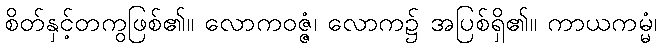
စိတ်နှင့်တကွဖြစ်၏။ လောကဝဇ္ဇံ၊ လောက၌ အပြစ်ရှိ၏။ ကာယကမ္မံ၊